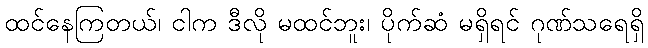
ထင်နေကြတယ်၊ ငါက ဒီလို မထင်ဘူး၊ ပိုက်ဆံ မရှိရင် ဂုဏ်သရေရှိ